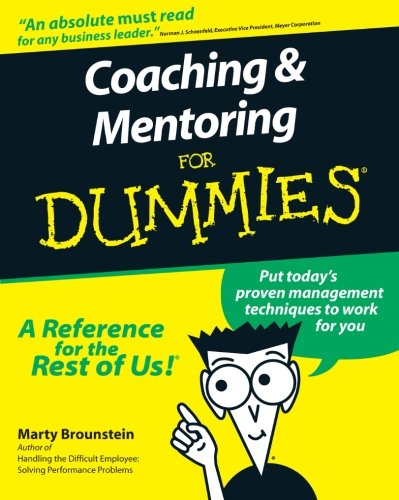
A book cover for Coaching and Mentoring For Dummies; Marty Brounstein; Business & Money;